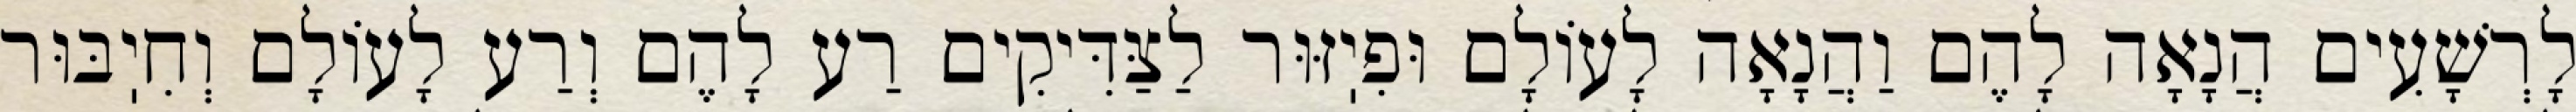
לָרְשָׁעִים הֲנָאָה לָהֶם וַהֲנָאָה לָעוֹלָם וּפִיֽזּוּר לַצַּדִּיקִים רַע לָהֶם וְרַע לָעוֹלָם וְחִיֽבּוּר